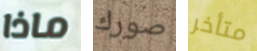
ماذا صورك متأخر